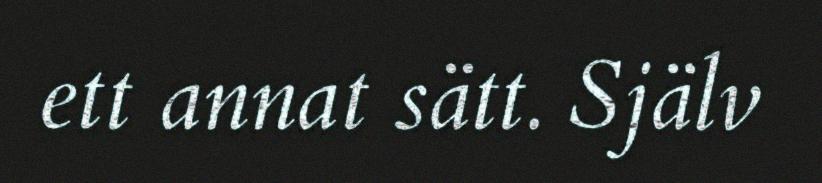
ett annat sätt. Själv